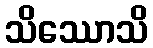
သိဿောသိ